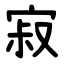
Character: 寂